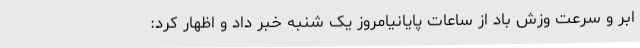
ابر و سرعت وزش باد از ساعات پایانیامروز یک شنبه خبر داد و اظهار کرد: